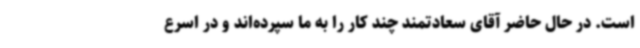
است. در حال حاضر آقای سعادتمند چند کار را به ما سپرده‌اند و در اسرع